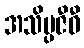
အသိပ္ပဇီဝီ